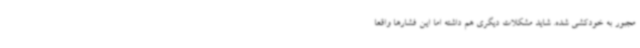
مجبور به خودکشی شده. شاید مشکلات دیگری هم داشته اما این فشارها واقعاً